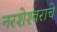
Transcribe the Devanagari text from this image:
नरशेश्‍वराचे